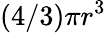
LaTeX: (4/3)\pi r^{3}